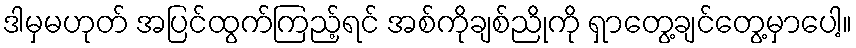
ဒါမှမဟုတ် အပြင်ထွက်ကြည့်ရင် အစ်ကိုချစ်ညိုကို ရှာတွေ့ချင်တွေ့မှာပေါ့။